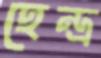
হেন্দ্র